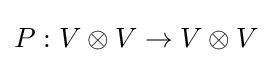
P:V\otimes V\to V\otimes V